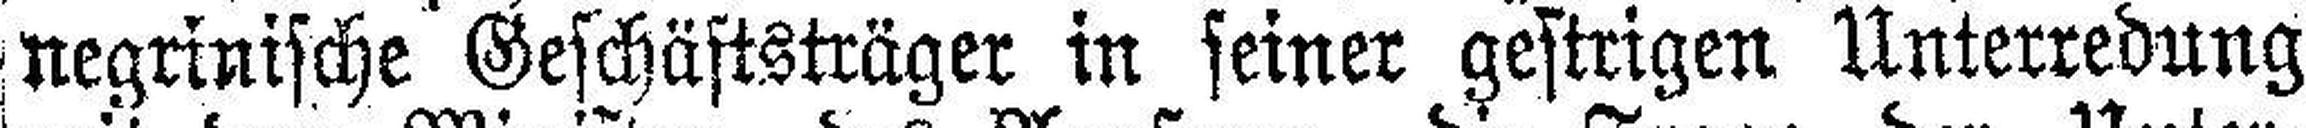
negrinische Geschäftsträger in seiner gestrigen Unterredung